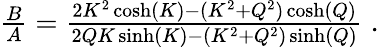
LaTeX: \begin{array}{r}{\frac{B}{A}=\frac{2K^{2}\cosh(K)-(K^{2}+Q^{2})\cosh(Q)}{2QK\sinh(K)-(K^{2}+Q^{2})\sinh(Q)}\; .}\end{array}